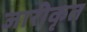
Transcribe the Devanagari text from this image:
जारीकृत